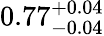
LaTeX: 0.77_{-0.04}^{+0.04}